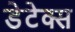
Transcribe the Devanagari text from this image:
डेटेक्स